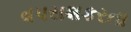
વપરાશકરતા